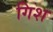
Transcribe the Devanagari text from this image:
गिश